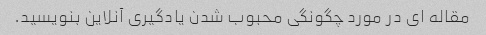
مقاله ای در مورد چگونگی محبوب شدن یادگیری آنلاین بنویسید.